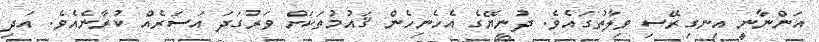
އަންނާނީ އިނގިރޭސި ވިލާތުގައެވެ. ދުނިޔޭގެ އެހެނިހެން ޤައުމުތަކަށް ވަރުގަދަ އަސަރެއް ކުރާނެއެވެ. އަދި